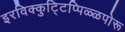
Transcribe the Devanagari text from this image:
इरविक्कुट्टिप्पिळ्ळपोरू